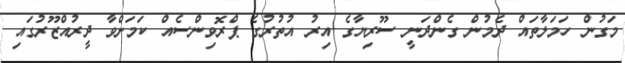
މަގުން ހަމަލާތައް ދެމުން ގެންދަނީ ސޫރިޔާގެ އިރު އުތުރުގެ ޕްރޮވިންސެއް ކަމަށްވާ ދީރުއްޒޫރުގައި